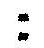
: